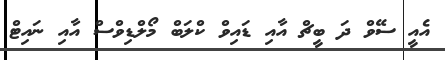
އެއީ ސޭވް ދަ ބީޗް އާއި ޑައިވް ކްލަބް މޯލްޑިވްސް އާއި ނައިޓް